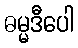
ဓမ္မဒီပေါ